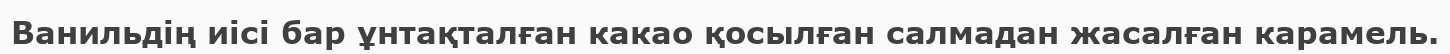
Ванильдің иісі бар ұнтақталған какао қосылған салмадан жасалған карамель.